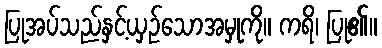
ပြုအပ်သည်နှင့်ယှဉ်သောအမှုကို။ ကရိ၊ ပြု၏။